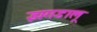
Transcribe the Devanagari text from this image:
झगडालू